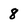
Character: 8